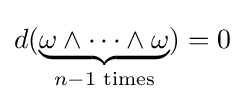
d(\underbrace {\omega \wedge \cdots \wedge \omega } _{n-1{\text{ times}}})=0